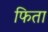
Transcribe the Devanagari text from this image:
फिता